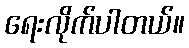
ရေးလိုက်ပါတယ်။